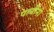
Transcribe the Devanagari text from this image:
पत्नींनी